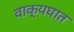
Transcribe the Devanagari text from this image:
वाक्यघात